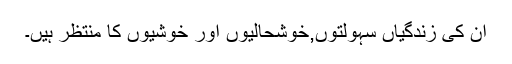
ان کی زندگیاں سہولتوں,خوشحالیوں اور خوشیوں کا منتظر ہیں۔